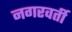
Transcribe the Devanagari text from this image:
नगरवर्ती